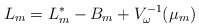
\begin{align*}L_m=L_m^*-B_m+V_\omega^{-1}(\mu_m)\end{align*}